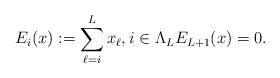
LaTeX: \begin{align*} E_i(x):=\sum_{\ell = i}^L x_\ell, i \in \Lambda_L E_{L+1}(x)=0.\end{align*}